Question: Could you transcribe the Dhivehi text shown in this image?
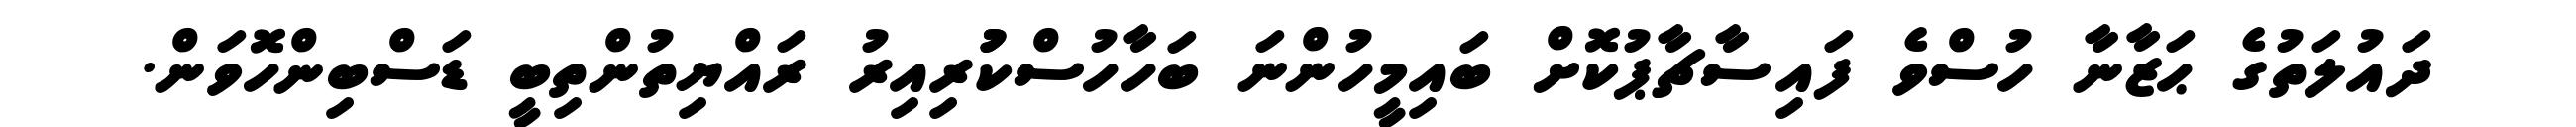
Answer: ދައުލަތުގެ ޙަޒާނާ ހުސްވެ ފައިސާޗާޕުކޮށް ބައިމީހުންނަ ބަހާހުސްކުުރިއިރު ރައްޔިތުންތިބީ ޑަސްބިންހޮވަން.